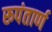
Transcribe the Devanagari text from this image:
रूपंतार्ण